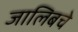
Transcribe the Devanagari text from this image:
जालिबचे